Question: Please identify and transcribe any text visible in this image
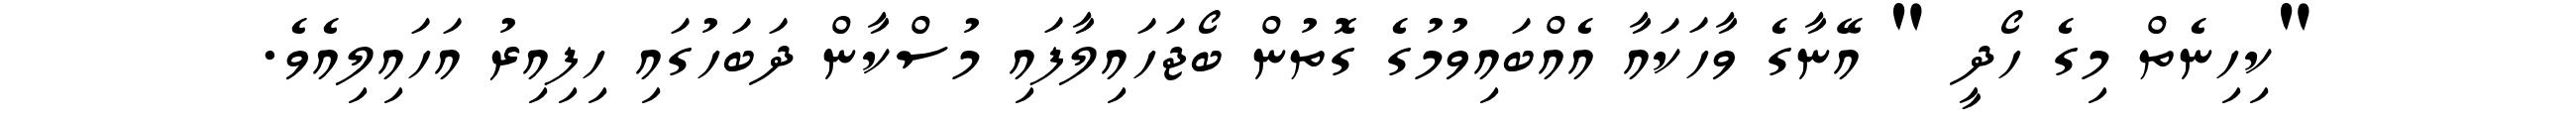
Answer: "ކިހިނެތް މިގެ ހޯދީ " އޭނާގެ ވާހަކައާ އެއްބައިވުމުގެ ގޮތުން ބޯޖަހައިލާފައި މުސްކާން ދަބަހުގައި ހިފިއިރު އަހައިލިއެވެ.